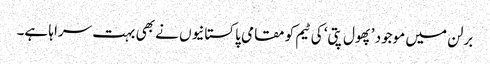
برلن میں موجود ’پھول پتی‘ کی ٹیم کو مقامی پاکستانیوں نے بھی بہت سراہا ہے۔